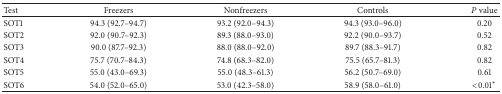
<table><thead><tr><td><b>Test</b></td><td><b>Freezers</b></td><td><b>Nonfreezers</b></td><td><b>Controls</b></td><td><b><i>P</i> value</b></td></tr></thead><tbody><tr><td>SOT1</td><td>94.3 (92.7–94.7)</td><td>93.2 (92.0–94.3)</td><td>94.3 (93.0–96.0)</td><td>0.20</td></tr><tr><td>SOT2</td><td>92.0 (90.7–92.3)</td><td>89.3 (88.0–93.0)</td><td>92.2 (90.0–93.7)</td><td>0.52</td></tr><tr><td>SOT3</td><td>90.0 (87.7–92.3)</td><td>88.0 (88.0–92.0)</td><td>89.7 (88.3–91.7)</td><td>0.82</td></tr><tr><td>SOT4</td><td>75.7 (70.7–84.3)</td><td>74.8 (68.3–82.0)</td><td>75.5 (65.7–81.3)</td><td>0.82</td></tr><tr><td>SOT5</td><td>55.0 (43.0–69.3)</td><td>55.0 (48.3–61.3)</td><td>56.2 (50.7–69.0)</td><td>0.61</td></tr><tr><td>SOT6</td><td>54.0 (52.0–65.0)</td><td>53.0 (42.3–58.0)</td><td>58.9 (58.0–61.0)</td><td>&lt;0.01*</td></tr></tbody></table>